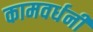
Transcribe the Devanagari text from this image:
कामवर्धनी